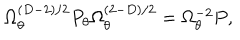
\Omega _ { \theta } ^ { ( D - 2 ) / 2 } { P _ { \theta } } \Omega _ { \theta } ^ { ( 2 - D ) / 2 } = \Omega _ { \theta } ^ { - 2 } P ,